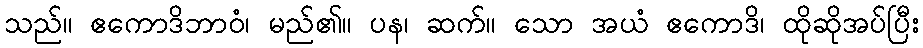
သည်။ ဧကောဒိဘာဝံ၊ မည်၏။ ပန၊ ဆက်။ သော အယံ ဧကောဒိ၊ ထိုဆိုအပ်ပြီး